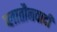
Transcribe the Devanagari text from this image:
प्लातौनवादी